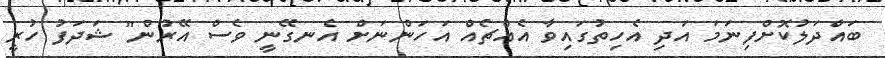
ބައްދަލުކޮށްފިނަމަ އަދި އެހިތުގައިވާ އެއްޗެއް އަހަންނަށް އެނގޭނީ ވެސް އޭރުން" ޝަދަފު ހުރީ